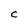
Character: C